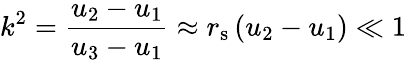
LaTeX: k^{2}={\frac{u_{2}-u_{1}}{u_{3}-u_{1}}}\approx r_{\mathrm{s}}\left(u_{2}-u_{1}\right)\ll 1